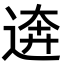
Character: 逩